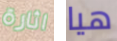
اثارة هيا